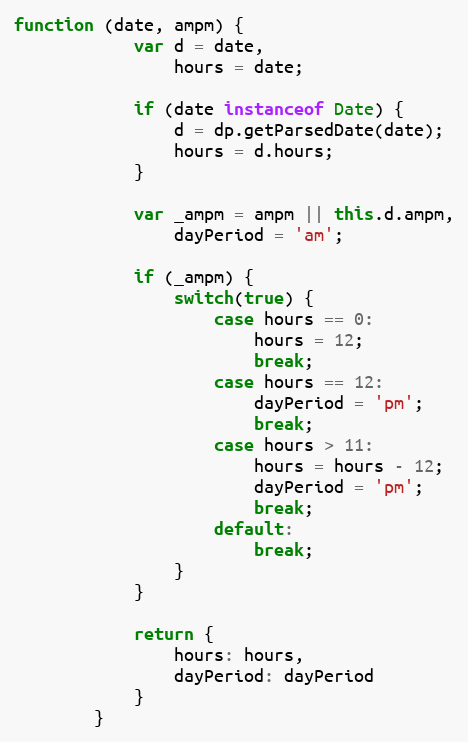
Language: JavaScript
function (date, ampm) {
            var d = date,
                hours = date;

            if (date instanceof Date) {
                d = dp.getParsedDate(date);
                hours = d.hours;
            }

            var _ampm = ampm || this.d.ampm,
                dayPeriod = 'am';

            if (_ampm) {
                switch(true) {
                    case hours == 0:
                        hours = 12;
                        break;
                    case hours == 12:
                        dayPeriod = 'pm';
                        break;
                    case hours > 11:
                        hours = hours - 12;
                        dayPeriod = 'pm';
                        break;
                    default:
                        break;
                }
            }

            return {
                hours: hours,
                dayPeriod: dayPeriod
            }
        }